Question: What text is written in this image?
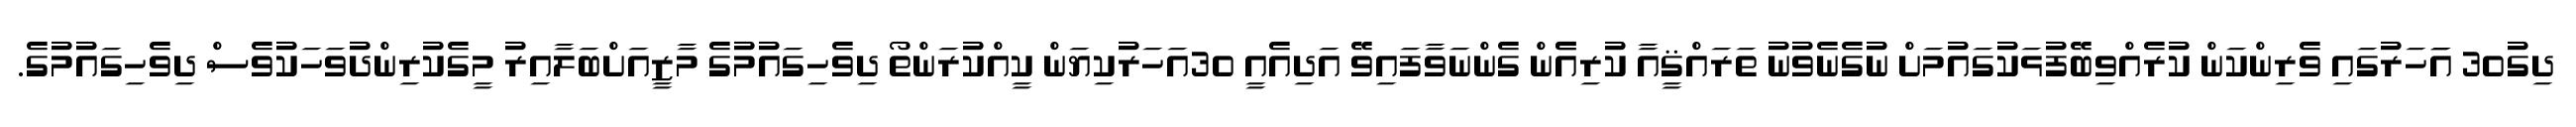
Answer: ދިގު30 އަަހަރުގައި ވެރިންކަން ކުރެއްވިބޭފުޅަކުގައުމަށް ނުގެނެވުނު ތަރައްޤީއާ ކުރިއެެން ގެންނަވާފައިވޭ އަދިއެއީ 30އަހަރުކިޔަން ކީއްކުރަންތޯ ދިވެހިގައުމުގެ މާޒީއަށްބަލާއިރު މީގެކުރިންދުވަހަކުވެސް ދިވެހިގައުމުގެ.